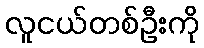
လူငယ်တစ်ဦးကို